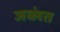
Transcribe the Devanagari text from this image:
जव्लंत